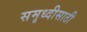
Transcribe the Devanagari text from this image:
समृध्दीसाठी